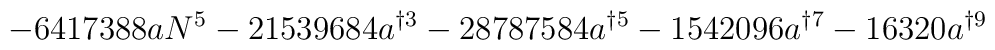
-6417388aN^{5}-21539684a^{\dag 3}-28787584a^{\dag 5}-1542096a^{\dag 7}-16320a^{\dag 9}